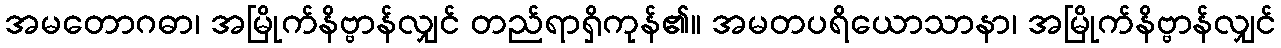
အမတောဂဓာ၊ အမြိုက်နိဗ္ဗာန်လျှင် တည်ရာရှိကုန်၏။ အမတပရိယောသာနာ၊ အမြိုက်နိဗ္ဗာန်လျှင်